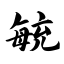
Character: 毓